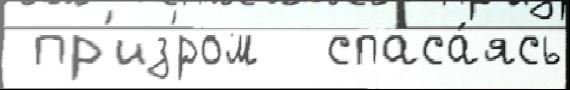
 пр'из'́ром  спаса́ясь